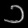
Digit: ၁